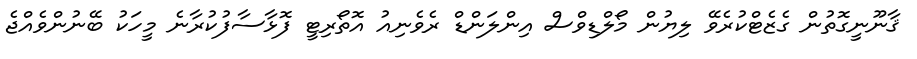
ޤާނޫނީގޮތުން ގެޒެޓްކުރެވޭ ލިޔުން މޯލްޑިވްސް އިންލަންޑް ރެވެނިއު އޮތޯރިޓީ ފޮޅާސާފުކުރާނެ މީހަކު ބޭނުންވެއްޖެ